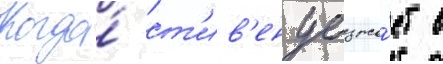
Когда́ ст'ив'ен уезжа́ет в